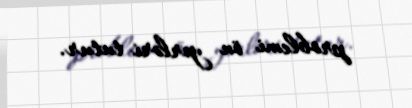
problemi ön yerləri tutur.